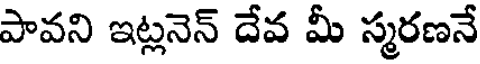
పావని ఇట్లనెన్ దేవ మీ స్మరణనే